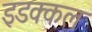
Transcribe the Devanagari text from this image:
इडक्कल